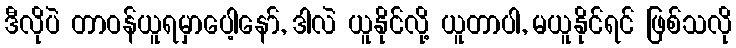
ဒီလိုပဲ တာဝန်ယူရမှာပေါ့နော်, ဒါလဲ ယူနိုင်လို့ ယူတာပါ, မယူနိုင်ရင် ဖြစ်သလို